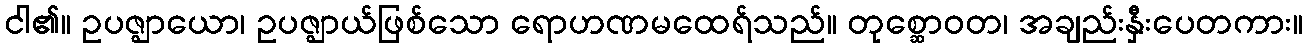
ငါ၏။ ဥပဇ္ဈာယော၊ ဥပဇ္ဈာယ်ဖြစ်သော ရောဟဏမထေရ်သည်။ တုစ္ဆောဝတ၊ အချည်းနှီးပေတကား။